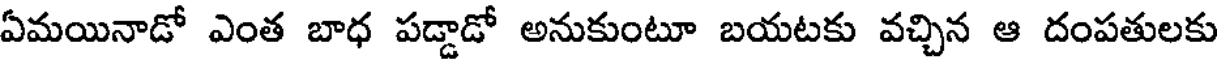
ఏమయినాడో ఎంత బాధ పడ్డాడో అనుకుంటూ బయటకు వచ్చిన ఆ దంపతులకు